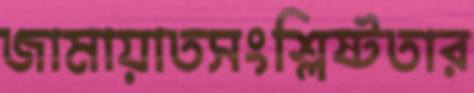
জামায়াতসংশ্লিষ্টতার